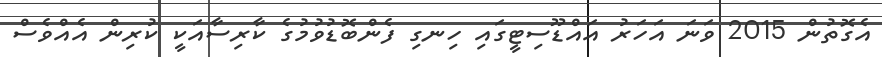
އެގޮތުން 2015 ވަނަ އަހަރު އައްޑޫސިޓީގައި ހިނގި ފެންބޮޑުވުމުގެ ކާރިސާއަކީ ކުރިން އެއްވެސް